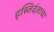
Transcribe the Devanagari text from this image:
हस्तिदंताचा